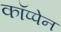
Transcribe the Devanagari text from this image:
कॉप्पेन